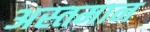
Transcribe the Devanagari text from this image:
अस्तमान